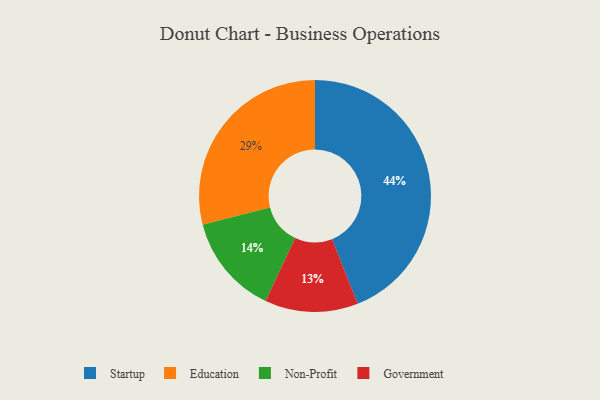
{"axis": {"x": "Category", "y": "Percentage"}, "legend": ["Education", "Government", "Non-Profit", "Startup"], "data": [{"x": "Startup", "y": 44, "type": "Startup"}, {"x": "Non-Profit", "y": 14, "type": "Non-Profit"}, {"x": "Education", "y": 29, "type": "Education"}, {"x": "Government", "y": 13, "type": "Government"}]}